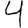
Digit: 4